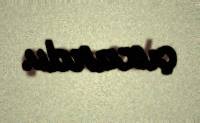
çıxardı.